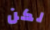
لكن